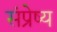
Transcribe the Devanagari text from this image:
संप्रेष्य